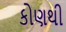
કોણથી